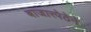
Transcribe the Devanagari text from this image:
बाजारपेठेने